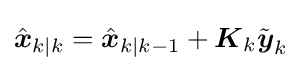
{\hat {\boldsymbol {x}}}_{k|k}={\hat {\boldsymbol {x}}}_{k|k-1}+{\boldsymbol {K}}_{k}{\tilde {\boldsymbol {y}}}_{k}